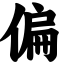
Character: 偏